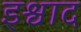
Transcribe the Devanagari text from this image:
इश्वाद